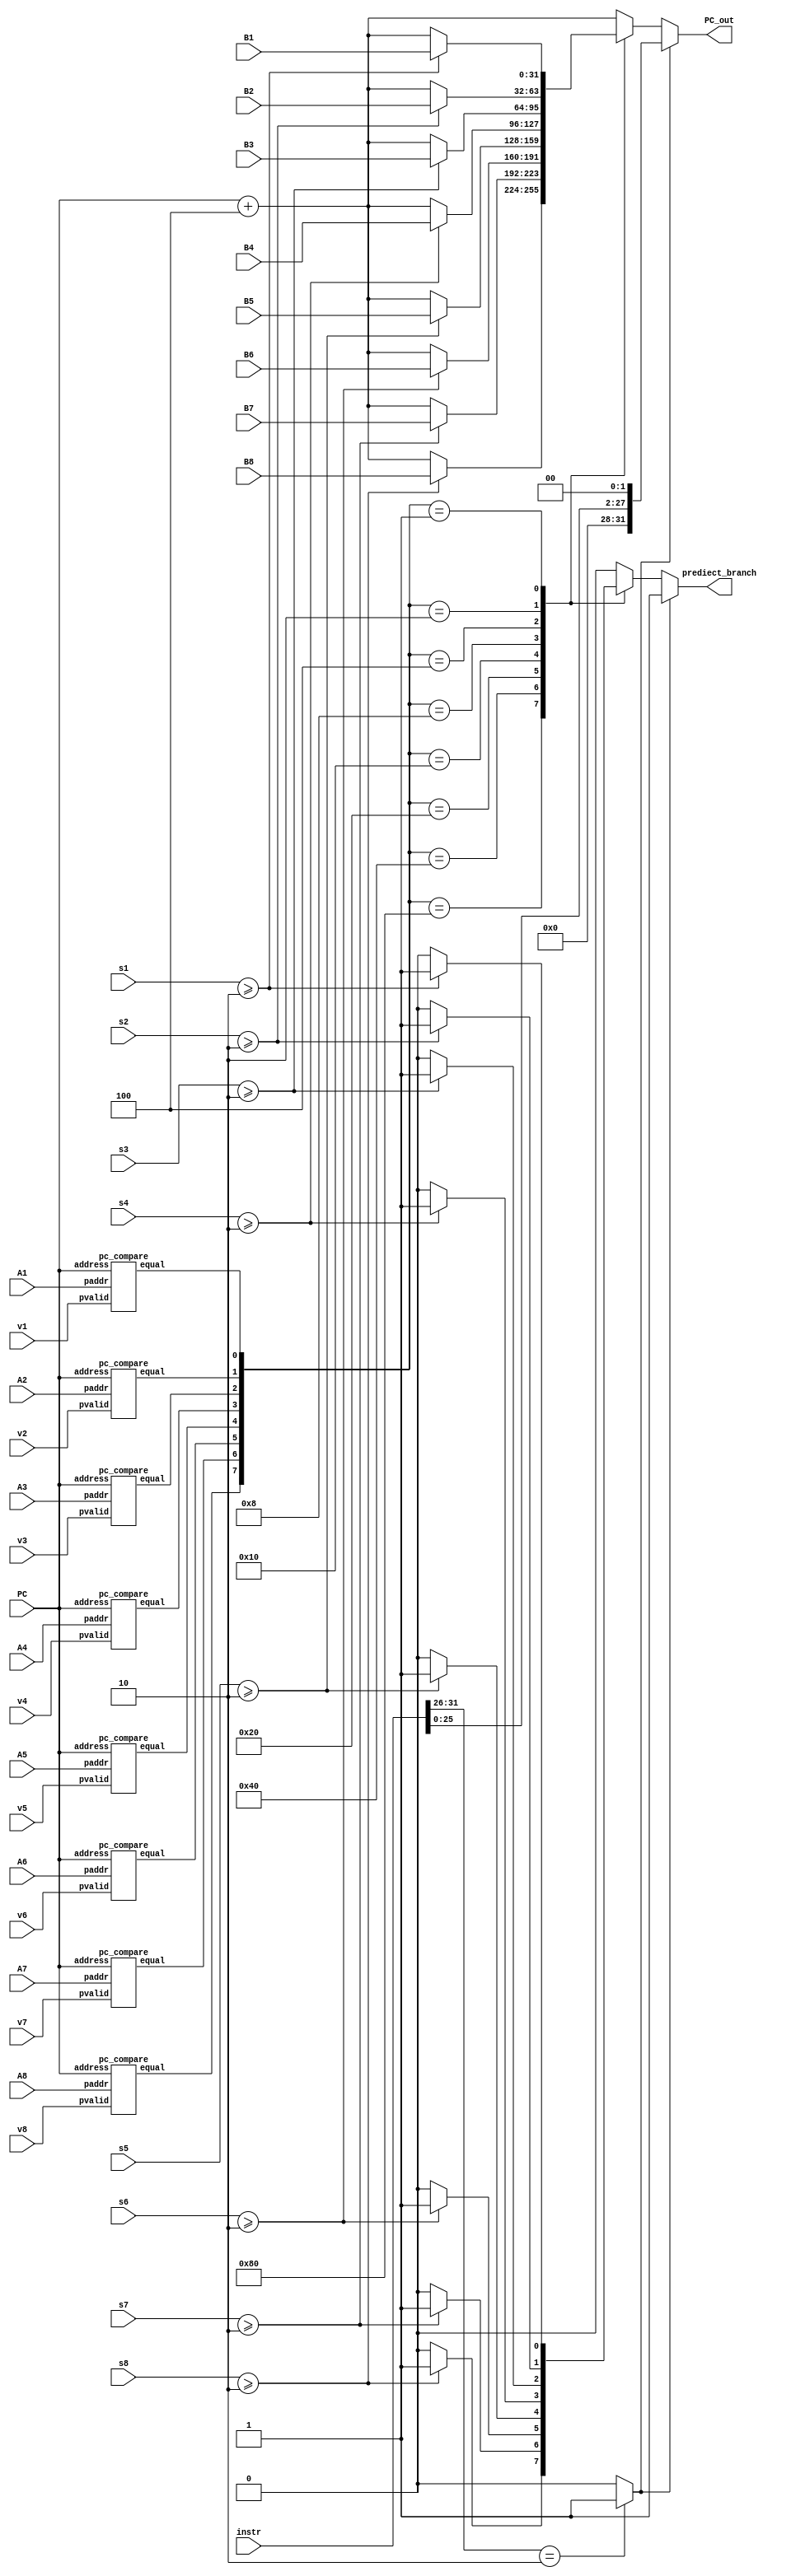
`timescale 1ns / 1ps
//////////////////////////////////////////////////////////////////////////////////
// Company: 
// Engineer: 
// 
// Design Name: 
// Module Name: prediect_branch
// Project Name: 
// Target Devices: 
// Tool Versions: 
// Description: 
// 
// Dependencies: 
// 
// Revision:
// Revision 0.01 - File Created
// Additional Comments:
// wire JR, JUMP, JAL, BEQ, BNE, BLEZ, BorJ;


// assign op=instr[31:26];
// assign func=instr[5:0];
// signed_16to32 si1(instr[15:0], ext16);
// assign imm28 = {instr[25:0],2'b0};

// always @(*)
// begin       
	// JR = 0;
	// BEQ = 0;
	// BNE = 0;
	// JUMP = 0;
	// JAL = 0;
	// BLEZ=0;
	// case(op)
	// 6'b000000: if(func==6'b001000) JR = 1;
	// 6'b000110: BLEZ = 1;
	// 6'b000100: BEQ = 1;
	// 6'b000101: BNE = 1;
	// 6'b000010: JUMP = 1;
	// 6'b000011: JAL = 1;
	// endcase
// end
// assign BorJ = JR|JUMP|JAL|BEQ|BNE|BLEZ;
// 
//////////////////////////////////////////////////////////////////////////////////


module prediect_branch(PC, instr,
	v1,v2,v3,v4,v5,v6,v7,v8,
	A1,A2,A3,A4,A5,A6,A7,A8,B1,B2,B3,B4,B5,B6,B7,B8,
	s1,s2,s3,s4,s5,s6,s7,s8,
	PC_out, prediect_branch);
input [31:0]PC,instr;
input v1,v2,v3,v4,v5,v6,v7,v8;
input [31:0]A1,A2,A3,A4,A5,A6,A7,A8,B1,B2,B3,B4,B5,B6,B7,B8;
input [1:0]s1,s2,s3,s4,s5,s6,s7,s8;
output reg[31:0]PC_out;
output reg prediect_branch;

wire J;
wire [31:0]label;
assign J = (instr[31:26]==6'b000010)? 1: 0;
assign label= {4'h0,instr[25:0],2'b0};

wire [7:0]equal;

pc_compare pc1(v1, A1, PC, equal[0]); 
pc_compare pc2(v2, A2, PC, equal[1]); 
pc_compare pc3(v3, A3, PC, equal[2]); 
pc_compare pc4(v4, A4, PC, equal[3]); 
pc_compare pc5(v5, A5, PC, equal[4]); 
pc_compare pc6(v6, A6, PC, equal[5]); 
pc_compare pc7(v7, A7, PC, equal[6]); 
pc_compare pc8(v8, A8, PC, equal[7]); 

always @(*)begin
	if(J==1) begin
		PC_out<=label;
		prediect_branch<=1;
	end
	else begin
		case(equal)
		8'b10000000: begin
			if(s8>=2)begin
				PC_out<=B8;
				prediect_branch<=1;
			end
			else begin
				PC_out<=PC+32'h4;
				prediect_branch<=0;
			end
			end
		8'b01000000: begin
			if(s7>=2)begin
				PC_out<=B7;
				prediect_branch<=1;
			end
			else begin
				PC_out<=PC+32'h4;
				prediect_branch<=0;
			end
			end
		8'b00100000: begin
			if(s6>=2)begin
				PC_out<=B6;
				prediect_branch<=1;
			end
			else begin
				PC_out<=PC+32'h4;
				prediect_branch<=0;
			end
			end
		8'b00010000: begin
			if(s5>=2)begin
				PC_out<=B5;
				prediect_branch<=1;
			end
			else begin
				PC_out<=PC+32'h4;
				prediect_branch<=0;
			end
			end
		8'b00001000: begin
			if(s4>=2)begin
				PC_out<=B4;
				prediect_branch<=1;
			end
			else begin
				PC_out<=PC+32'h4;
				prediect_branch<=0;
			end
			end
		8'b00000100: begin
			if(s3>=2)begin
				PC_out<=B3;
				prediect_branch<=1;
			end
			else begin
				PC_out<=PC+32'h4;
				prediect_branch<=0;
			end
			end
		8'b00000010: begin
			if(s2>=2)begin
				PC_out<=B2;
				prediect_branch<=1;
			end
			else begin
				PC_out<=PC+32'h4;
				prediect_branch<=0;
			end
			end
		8'b00000001: begin
			if(s1>=2)begin
				PC_out<=B1;
				prediect_branch<=1;
			end
			else begin
				PC_out<=PC+32'h4;
				prediect_branch<=0;
			end
			end
		default: 
			begin
				PC_out<=PC+32'h4;
				prediect_branch<=0;
			end
		endcase
	end
//	prediect_branch<=0;
end

endmodule





module pc_compare(pvalid, paddr, address, equal);
	input pvalid;
	input [31:0]paddr;
	input [31:0]address;
	output equal;
	assign equal= ((paddr==address)&&(pvalid==1))? 1: 0;
endmodule